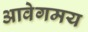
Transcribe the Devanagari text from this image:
आवेगमय